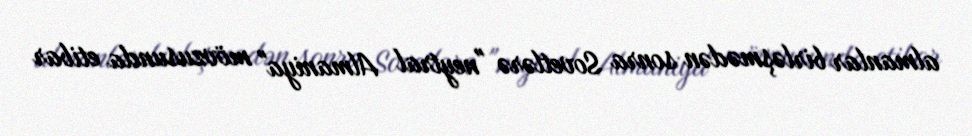
almanlar birləşmədən sonra Sovetlərə "neytral Almaniya" mövzusunda etibar